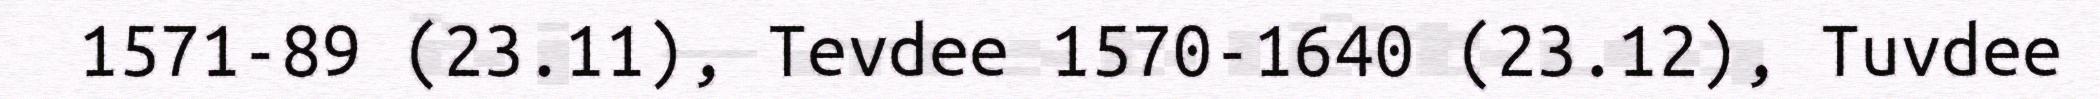
1571-89 (23.11), Tevdee 1570-1640 (23.12), Tuvdee